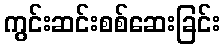
ကွင်းဆင်းစစ်ဆေးခြင်း